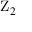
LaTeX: \mathrm { Z } _ { 2 }